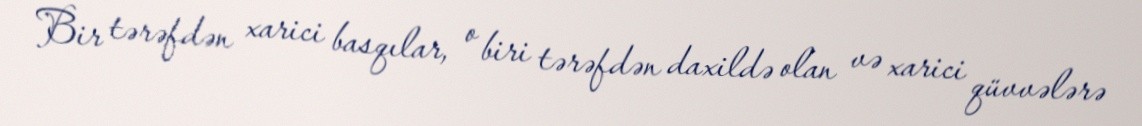
Bir tərəfdən xarici basqılar, o biri tərəfdən daxildə olan və xarici qüvvələrə